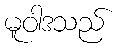
မူဝါဒသည်